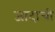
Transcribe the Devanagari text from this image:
जादाची